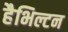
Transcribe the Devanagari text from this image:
हैभिल्टन